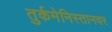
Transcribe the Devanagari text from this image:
तुर्कमेनिस्तानवर